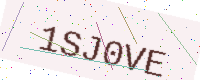
Text: 1SJ0VE